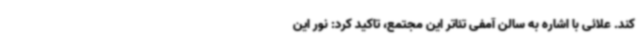
کند. علائی با اشاره به سالن آمفی تئاتر این مجتمع، تاکید کرد: نور این